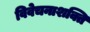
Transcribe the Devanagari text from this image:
विवेचनाशक्ति